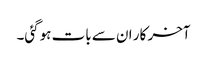
آخر کار ان سے بات ہوگئی۔